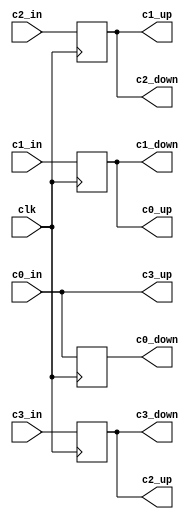
module value_buffer(
	clk,
	c0_in,
	c1_in,
	c2_in,
	c3_in,
	c0_up,
	c1_up,
	c2_up,
	c3_up,
	c0_down,
	c1_down,
	c2_down,
	c3_down
);
	
input  clk;
input  [63:0] c0_in;
input  [63:0] c1_in;
input  [63:0] c2_in;
input  [63:0] c3_in;

output [63:0] c0_up;
output [63:0] c1_up;
output [63:0] c2_up;
output [63:0] c3_up;

output [63:0] c0_down;
output [63:0] c1_down;
output [63:0] c2_down;
output [63:0] c3_down;

reg [63:0] buffer0;
reg [63:0] buffer1;
reg [63:0] buffer2;
reg [63:0] buffer3;

// Buffer inputs by a single cycle.
always@(posedge clk) begin
  buffer0 <= c0_in;
  buffer1 <= c1_in;
  buffer2 <= c2_in;
  buffer3 <= c3_in; 
  end

// Assign outputs.
assign c0_down = buffer0;
assign c1_down = buffer1;
assign c2_down = buffer2;
assign c3_down = buffer3;

assign c0_up = buffer1;
assign c1_up = buffer2;
assign c2_up = buffer3;
assign c3_up = c0_in;
  
endmodule